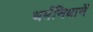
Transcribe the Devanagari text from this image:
धर्मनिधानें